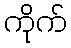
ကိုက်